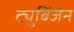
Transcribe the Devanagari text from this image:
ट्युबिंजेन